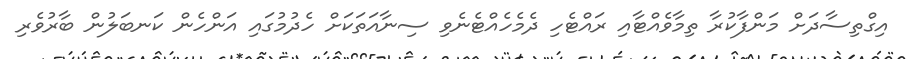
އިގްތިސާދަށް މަންފާކުރާ ތިމާވެއްޓާއި ރައްޓެހި ދެމެހެއްޓެނެވި ސިނާއަތަކަށް ހެދުމުގައި އަންހެން ކަނބަލުން ބާރުވެރި